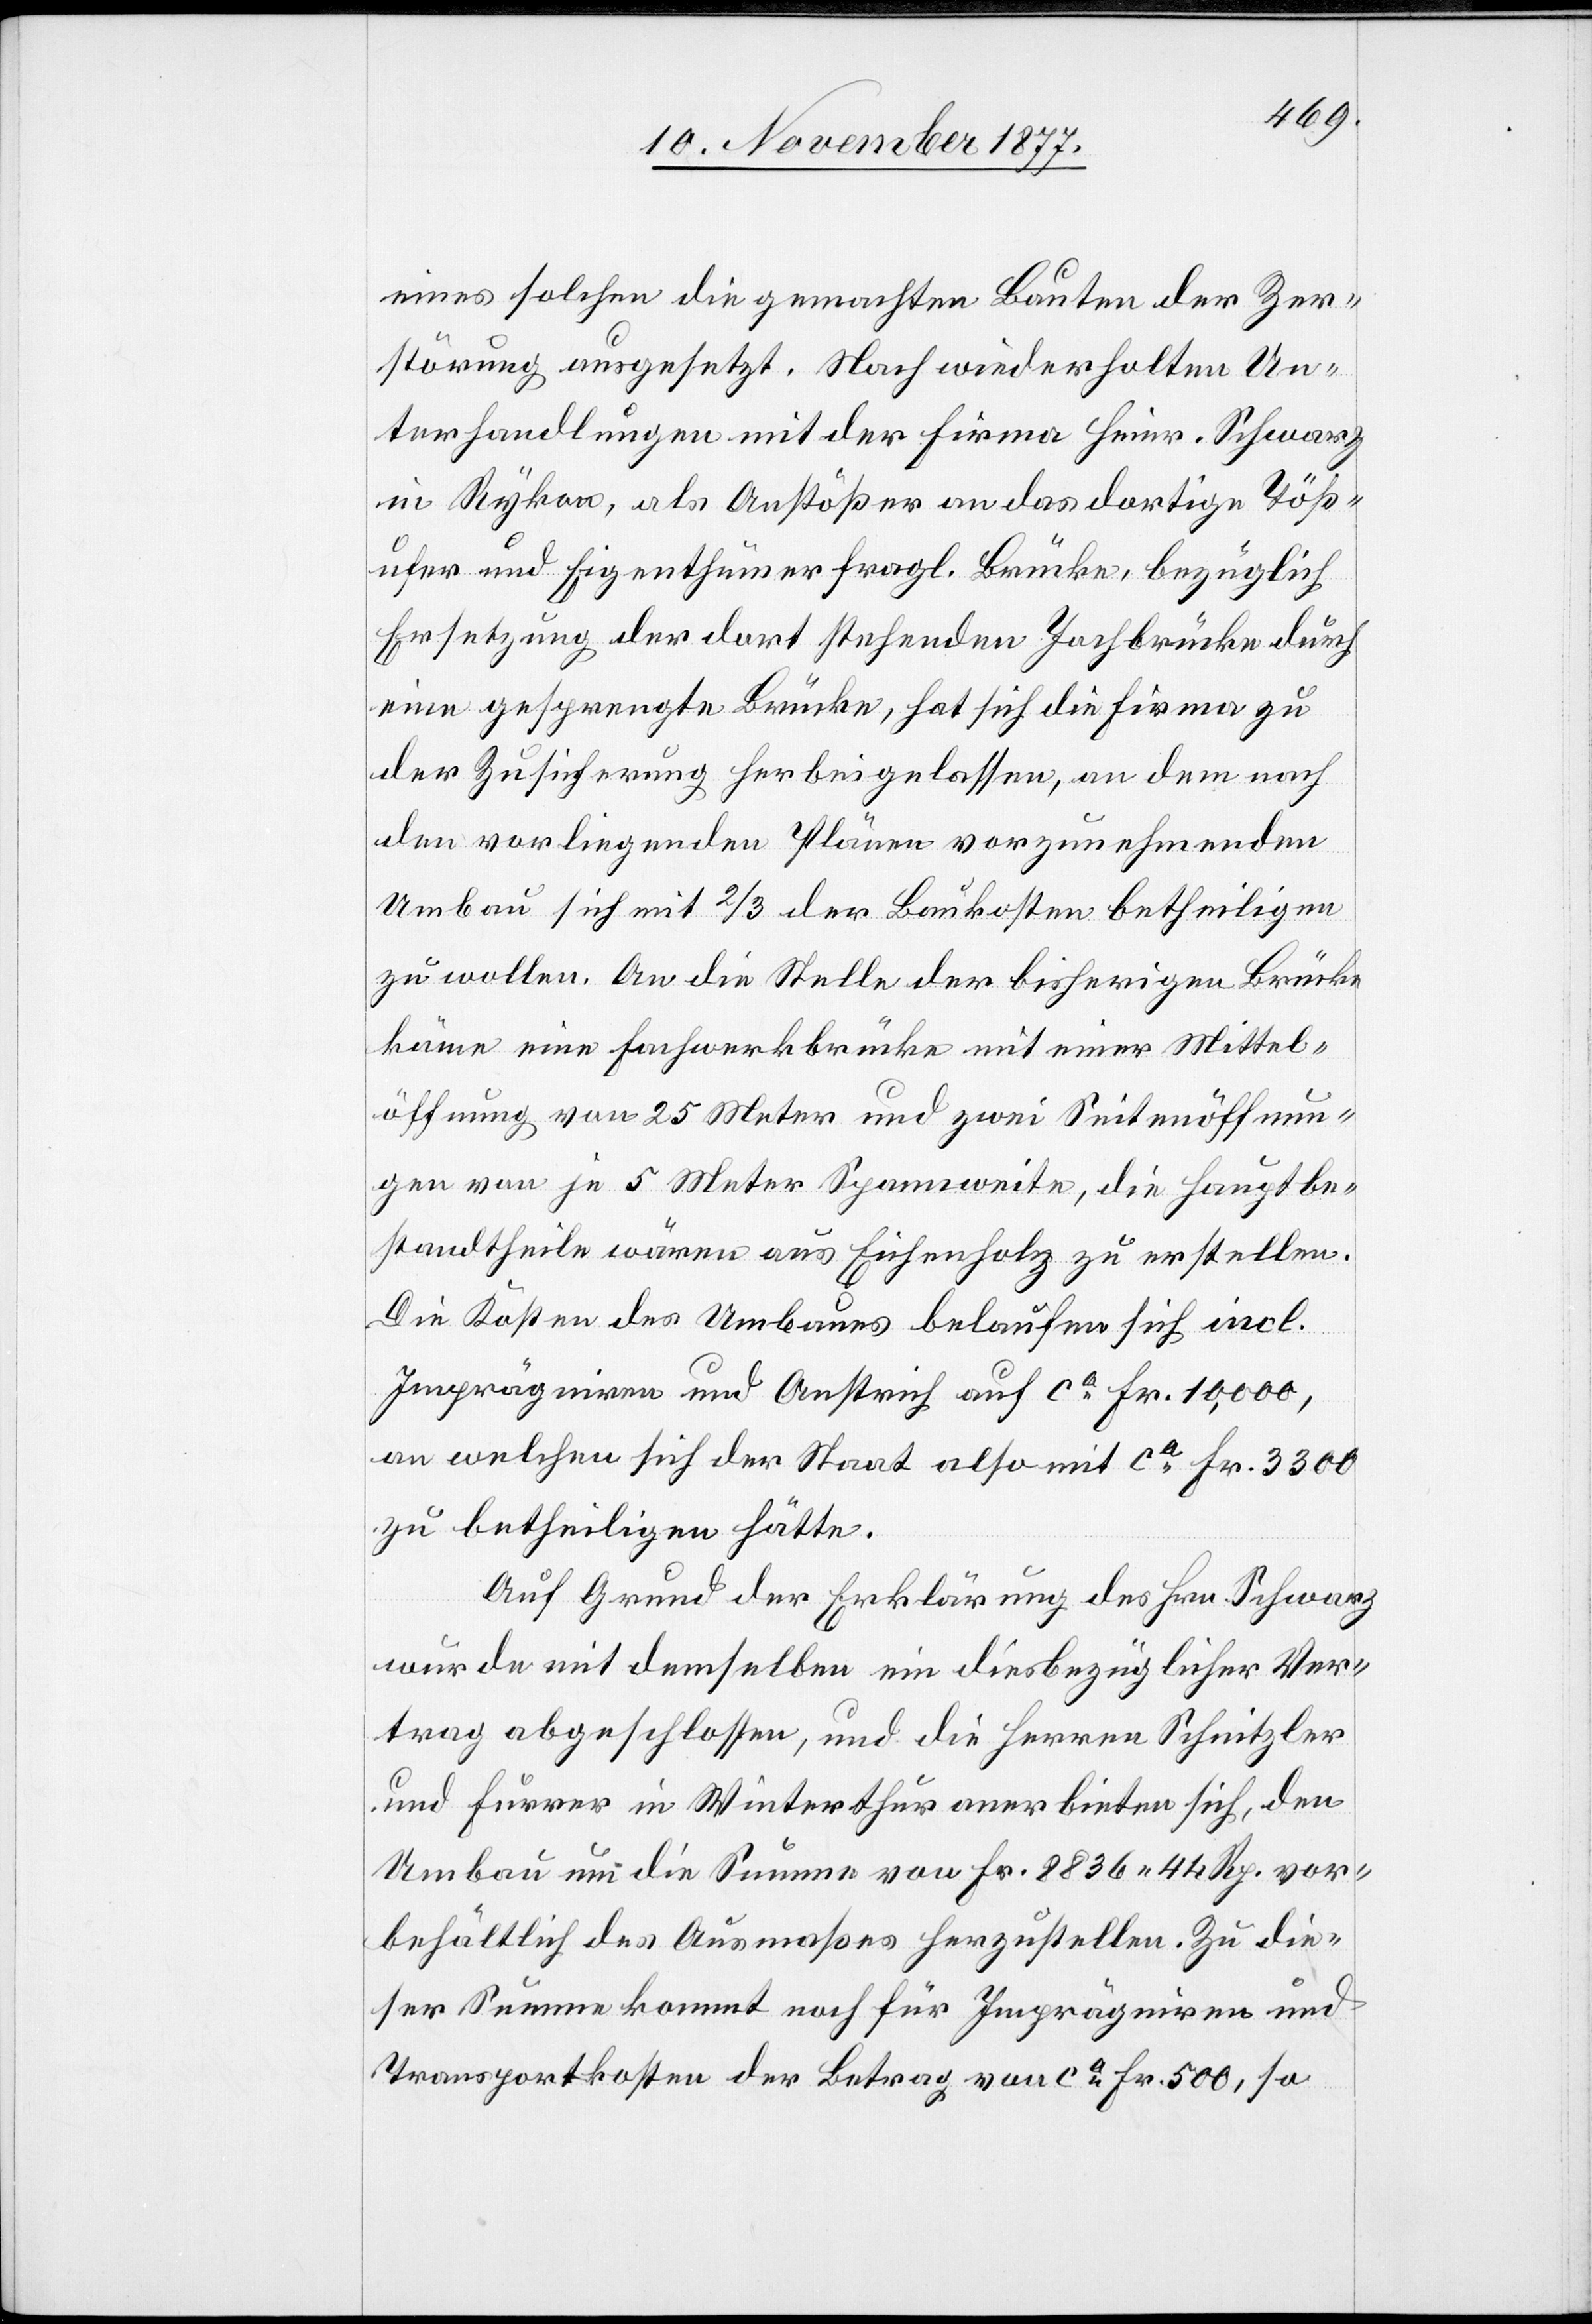
eines solchen die gemachten Bauten der Zer¬
störung ausgesetzt. Nach wiederholten Un¬
terhandlungen mit der Firma Heinr. Schwarz
in Rykon, als Anstößer an das dortige Töß¬
ufer und Eigenthümer fragl. Brücke, bezüglich
Ersetzung der dort stehenden Jochbrücke durch
eine gesprengte Brücke, hat sich die Firma zu
der Zusicherung herbeigelassen, an dem nach
den vorliegenden Plänen vorzunehmenden
Umbau sich mit 2/3 der Baukosten betheiligen
zu wollen. An die Stelle der bisherigen Brücke
käme eine Fachwerkbrücke mit einer Mittel¬
öffnung von 25 Meter und zwei Seitenöffnun¬
gen von je 5 Meter Spannweite, die Hauptbe¬
standtheile wären aus Eichenholz zu erstellen.
Die Kosten des Umbaues belaufen sich incl.
Imprägniren und Anstrich auf ca Fr. 10,000,
an welchen sich der Staat also mit ca Fr. 3300
zu betheiligen hätte.
Auf Grund der Erklärung des Hrn. Schwarz
wurde mit demselben ein diesbezüglicher Ver¬
trag abgeschlossen, und die Herren Schnitzler
und Furrer in Winterthur anerbieten sich, den
Umbau um die Summe von Fr. 8836 44 Rp. vor¬
behältlich des Ausmaßes herzustellen. Zu die¬
ser Summe kommt noch für Imprägniren und
Transportkosten der Betrag von ca Fr. 500, so